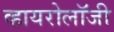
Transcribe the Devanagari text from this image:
व्हायरोलॉजी